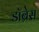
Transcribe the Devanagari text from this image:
डॉब्रेस